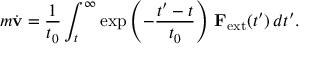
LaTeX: m { \dot { \mathbf { v } } } = { \frac { 1 } { t _ { 0 } } } \int _ { t } ^ { \infty } \exp \left( - { \frac { t ^ { \prime } - t } { t _ { 0 } } } \right) \, \mathbf { F } _ { \mathrm { e x t } } ( t ^ { \prime } ) \, d t ^ { \prime } .